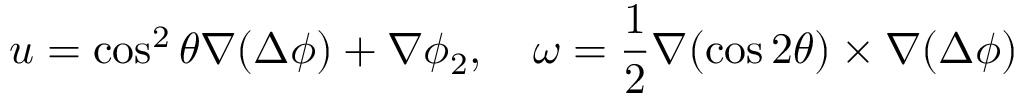
\boldsymbol { u } = \cos ^ { 2 } \theta \boldsymbol { \nabla } ( \Delta \phi ) + \boldsymbol { \nabla } \phi _ { 2 } , \quad \boldsymbol { \omega } = \frac { 1 } { 2 } \boldsymbol { \nabla } ( \cos 2 \theta ) \times \boldsymbol { \nabla } ( \Delta \phi )